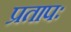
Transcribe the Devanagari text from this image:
प्रतापः